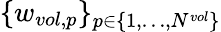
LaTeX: \{ w_{vol,p}\} _{p\in\{ 1,\dots,N^{vol}\} }